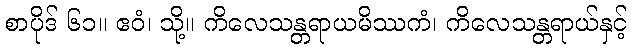
စာပိုဒ် ၆၁။ ဧဝံ၊ သို့။ ကိလေသန္တရာယမိဿကံ၊ ကိလေသန္တရာယ်နှင့်